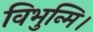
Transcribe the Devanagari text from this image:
विभुन्मि।